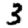
Digit: 3